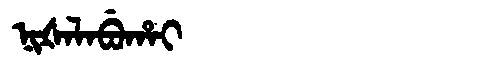
Manchu: ᠨᡳᡧᠠᠯᠠᠪᡠᡥᠠᡳ
Romanization: NIŠALABUHAI